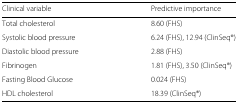
<table><thead><tr><td><b>Clinical variable</b></td><td><b>Predictive importance</b></td></tr></thead><tbody><tr><td>Total cholesterol</td><td>8.60 (FHS)</td></tr><tr><td>Systolic blood pressure</td><td>6.24 (FHS), 12.94 (ClinSeq®;)</td></tr><tr><td>Diastolic blood pressure</td><td>2.88 (FHS)</td></tr><tr><td>Fibrinogen</td><td>1.81 (FHS), 3.50 (ClinSeq®;)</td></tr><tr><td>Fasting Blood Glucose</td><td>0.024 (FHS)</td></tr><tr><td>HDL cholesterol</td><td>18.39 (ClinSeq®;)</td></tr></tbody></table>